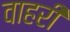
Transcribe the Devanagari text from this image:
वाहरी